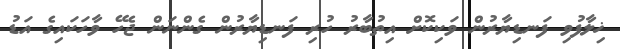
ޚިލާފުވި ފަނޑިޔާރުން ވަކިކޮށް އިތުބާރު ހުރި ފަނޑިޔާރުން ގެންނަން ޖެހޭ ވާހަކައިގެ އަޑު